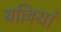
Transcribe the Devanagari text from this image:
बल्लियां